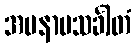
အမနာပသင်္ခါတံ